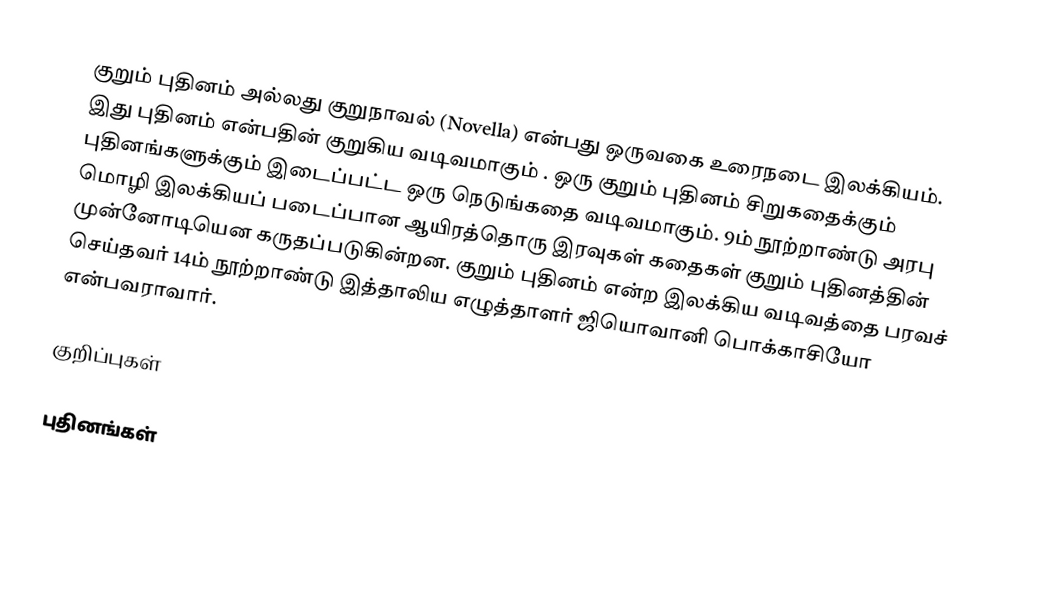
குறும் புதினம் அல்லது குறுநாவல் (Novella) என்பது ஒருவகை உரைநடை இலக்கியம். இது புதினம் என்பதின் குறுகிய வடிவமாகும் . ஒரு குறும் புதினம் சிறுகதைக்கும் புதினங்களுக்கும் இடைப்பட்ட ஒரு நெடுங்கதை வடிவமாகும். 9ம் நூற்றாண்டு அரபு மொழி இலக்கியப் படைப்பான ஆயிரத்தொரு இரவுகள் கதைகள் குறும் புதினத்தின் முன்னோடியென கருதப்படுகின்றன. குறும் புதினம் என்ற இலக்கிய வடிவத்தை பரவச் செய்தவர் 14ம் நூற்றாண்டு இத்தாலிய எழுத்தாளர் ஜியொவானி பொக்காசியோ என்பவராவார்.

குறிப்புகள்

புதினங்கள்